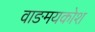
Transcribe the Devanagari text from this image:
वाङमयकोश